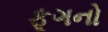
ફૂગનો